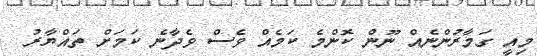
މިއީ ގަމާރުންނެއް ނޫން ކޮންމެ ކަމެއް ވެސް ވެދާނެ ކަމަށް ތައްޔާރު